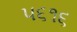
૫૬૧૬